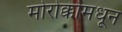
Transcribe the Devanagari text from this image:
मोरोक्कोमधून